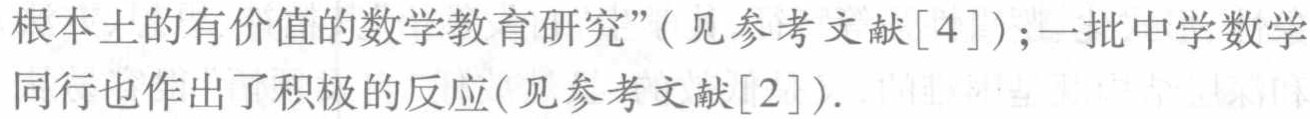
根本土的有价值的数学教育研究”(见参考文献[4]);一批中学数学同行也作出了积极的反应(见参考文献[2]).